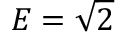
E = \sqrt { 2 }